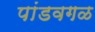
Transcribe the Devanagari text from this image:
पांडवगळ